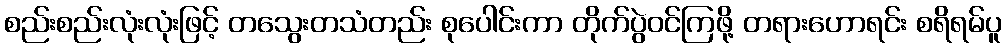
စည်းစည်းလုံးလုံးဖြင့် တသွေးတသံတည်း စုပေါင်းကာ တိုက်ပွဲဝင်ကြဖို့ တရားဟောရင်း စရိရမ်ပူ